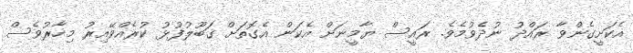
އެކަށީގެންވާ ރައްދު ނުދެވުމެވެ. ރައީސް ޔާމީނަށް އެކަން އެގޮތަށް ގަބޫލުފުޅު ކުރެއްވޭއިރު މިހާރުވެސް